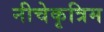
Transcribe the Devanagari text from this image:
नीचेकृत्रिम